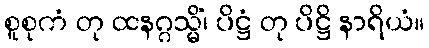
စူစုကံ တု ထနဂ္ဂသ္မိံ၊ ပိဋ္ဌံ တု ပိဋ္ဌိ နာရိယံ။